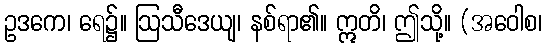
ဥဒကေ၊ ရေ၌။ ဩသီဒေယျ၊ နစ်ရာ၏။ ဣတိ၊ ဤသို့။ (အဝေါစ၊